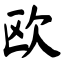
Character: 欧